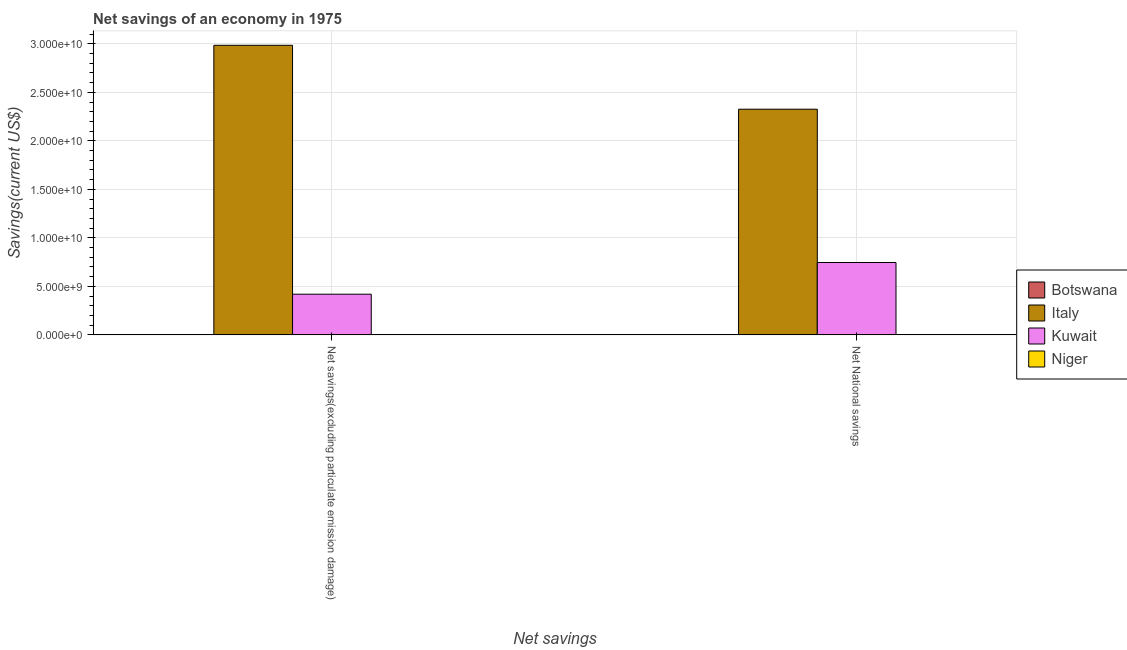
| Net savings | Botswana | Italy | Kuwait | Niger |
 | --- | --- | --- | --- | --- |
 | Net savings(excluding particulate emission damage) | 2.64e+07 | 2.98e+10 | 4.19e+09 | 3.84e+07 |
 | Net National savings | 2.15e+07 | 2.33e+10 | 7.46e+09 | 3.8e+07 |